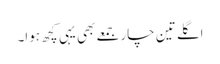
اگلے تین چار جمعے بھی یہی کچھ ہوا۔